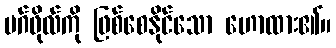
မဂ်ဖိုလ်ကို ဖြစ်စေနိုင်သော ဟောထား၏။